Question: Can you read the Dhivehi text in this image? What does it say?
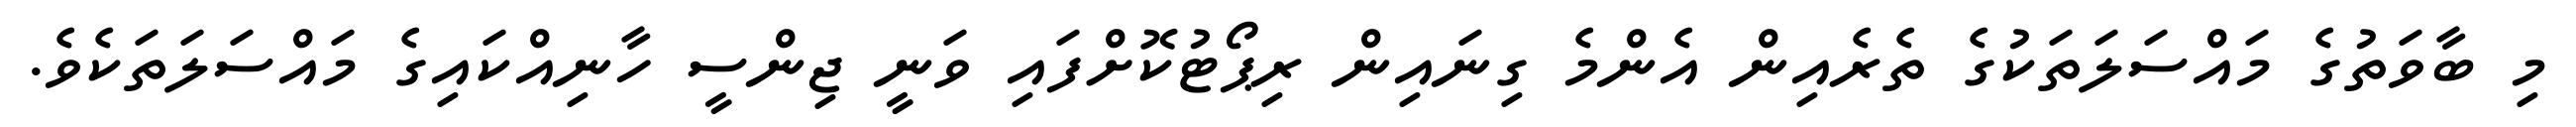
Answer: މި ބާވަތުގެ މައްސަލަތަކުގެ ތެރެއިން އެންމެ ގިނައިން ރިޕޯޓުކޮށްފައި ވަނީ ޖިންސީ ހާނިއްކައިގެ މައްސަލަތަކެވެ.